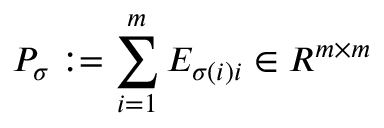
P _ { \sigma } : = \sum _ { i = 1 } ^ { m } E _ { \sigma ( i ) i } \in R ^ { m \times m }